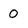
Character: 0